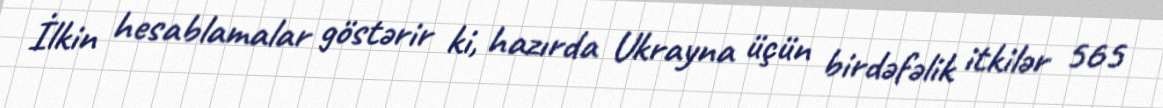
İlkin hesablamalar göstərir ki, hazırda Ukrayna üçün birdəfəlik itkilər 565